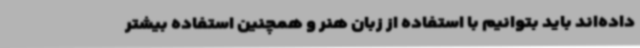
داده‌اند باید بتوانیم با استفاده از زبان هنر و همچنین استفاده بیشتر